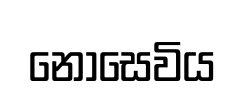
නොසෙවිය